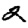
Digit: 2